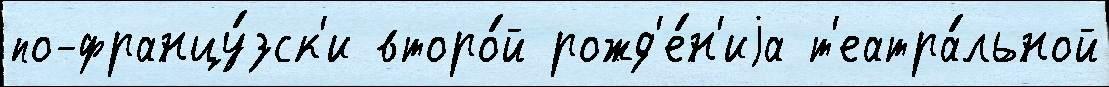
по-францу́зск'и второ́й рожд'е́н'иjа т'еатра́льной